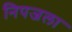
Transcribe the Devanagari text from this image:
निपजला